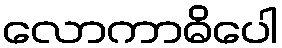
လောကာဓိပေါ